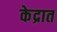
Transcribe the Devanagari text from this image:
केद्रात